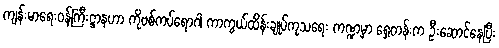
ကျန်းမာရေးဝန်ကြီးဋ္ဌာနဟာ ကိုဗစ်ကပ်ရောဂါ ကာကွယ်ထိန်းချုပ်ကုသရေး ကဏ္ဍမှာ ရှေ့တန်းက ဦးဆောင်နေပြီး